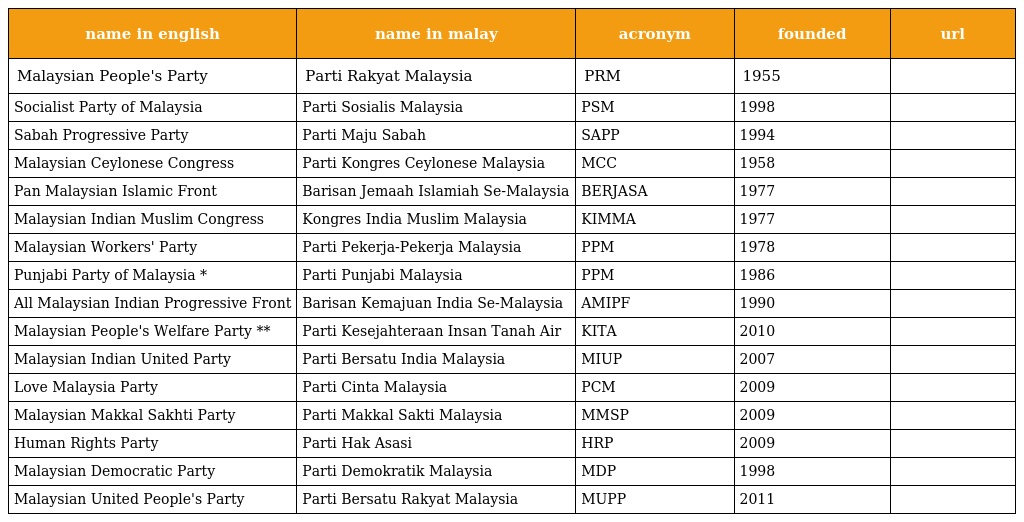
| name in english | name in malay | acronym | founded | url |
 | --- | --- | --- | --- | --- |
 | Malaysian People's Party | Parti Rakyat Malaysia | PRM | 1955 |  |
 | Socialist Party of Malaysia | Parti Sosialis Malaysia | PSM | 1998 |  |
 | Sabah Progressive Party | Parti Maju Sabah | SAPP | 1994 |  |
 | Malaysian Ceylonese Congress | Parti Kongres Ceylonese Malaysia | MCC | 1958 |  |
 | Pan Malaysian Islamic Front | Barisan Jemaah Islamiah Se-Malaysia | BERJASA | 1977 |  |
 | Malaysian Indian Muslim Congress | Kongres India Muslim Malaysia | KIMMA | 1977 |  |
 | Malaysian Workers' Party | Parti Pekerja-Pekerja Malaysia | PPM | 1978 |  |
 | Punjabi Party of Malaysia * | Parti Punjabi Malaysia | PPM | 1986 |  |
 | All Malaysian Indian Progressive Front | Barisan Kemajuan India Se-Malaysia | AMIPF | 1990 |  |
 | Malaysian People's Welfare Party ** | Parti Kesejahteraan Insan Tanah Air | KITA | 2010 |  |
 | Malaysian Indian United Party | Parti Bersatu India Malaysia | MIUP | 2007 |  |
 | Love Malaysia Party | Parti Cinta Malaysia | PCM | 2009 |  |
 | Malaysian Makkal Sakhti Party | Parti Makkal Sakti Malaysia | MMSP | 2009 |  |
 | Human Rights Party | Parti Hak Asasi | HRP | 2009 |  |
 | Malaysian Democratic Party | Parti Demokratik Malaysia | MDP | 1998 |  |
 | Malaysian United People's Party | Parti Bersatu Rakyat Malaysia | MUPP | 2011 |  |